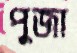
পুজা